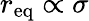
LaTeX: r_{\mathrm{eq}}\propto\sigma